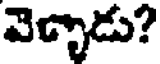
వెళ్ళాడు?